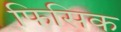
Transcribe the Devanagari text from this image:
फिसिक